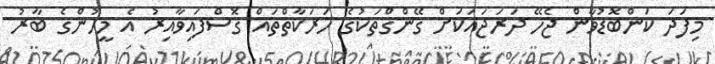
މިފަދަ ކަންބޮޑުވާން ޖެހޭ ދަރަޖައަކަށް ގޭންގްތަކުގެ ހަރަކާތްތައް ގޮސްފައިވާއިރު އެ މީހުންގެ ބާރު